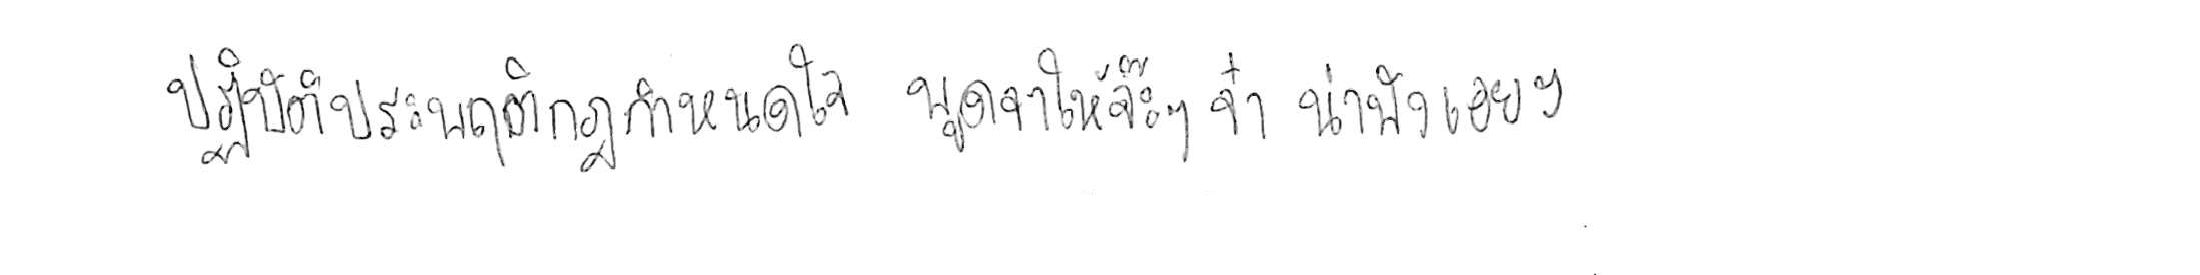
ปฏิบัติประพฤติกฎกำหนดใจ พูดจาให้จ๊ะๆ จ๋า น่าฟังเอยฯ